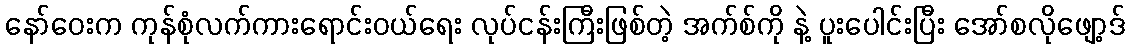
နော်ဝေးက ကုန်စုံလက်ကားရောင်းဝယ်ရေး လုပ်ငန်းကြီးဖြစ်တဲ့ အက်စ်ကို နဲ့ ပူးပေါင်းပြီး အော်စလိုဖျော့ဒ်